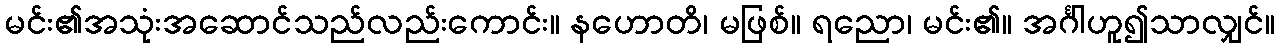
မင်း၏အသုံးအဆောင်သည်လည်းကောင်း။ နဟောတိ၊ မဖြစ်။ ရညော၊ မင်း၏။ အင်္ဂါဟူ၍သာလျှင်။